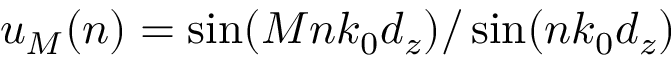
u _ { M } ( n ) = \sin ( M n k _ { 0 } d _ { z } ) / \sin ( n k _ { 0 } d _ { z } )